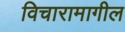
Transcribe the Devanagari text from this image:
विचारामागील